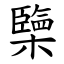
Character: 㯺